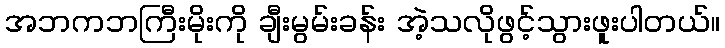
အဘကဘကြီးမိုးကို ချီးမွမ်းခန်း အဲ့သလိုဖွင့်သွားဖူးပါတယ်။